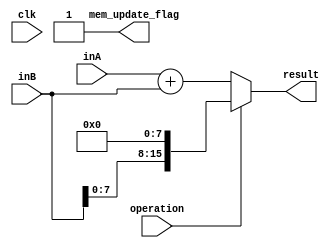
/*
Designing the ALU for use in the cpu calculations,
get inputs as code -> to selct what to do,
first input, second input
then finally get result
*/
/*
`include "opcodes.v"

module ALU(
    input [15:0] inA,
    input [15:0] inB,
    output [15:0] result,

    input [3:0] opcode,

    input carry_in,
    output carry_out,
);
    always @(*) begin
        case(opcode)
            FUNC_ADD: ADD add(
                .in1(inA),
                .in2(B),
                .cin(carry_in),
                .carry_out(carry_out),
                .result(result)
            );
        endcase
    end


    module ADD(
        input [15:0] in1, in2,
        input cin,
        output cout,
        output [15:0] result
    );
        always @(*) begin
            {cout, result} <= {in1 + in2 + cin};
        end
    endmodule


endmodule
*/
module ALU(
	 input clk,
    input [15:0] inA,
    input [15:0] inB,
    input operation,
    output reg[15:0] result,
	 output reg mem_update_flag
    );
    always @(*) begin
		mem_update_flag = 0;
        if (operation)
            result={inB[7:0], 8'd0};
        else
            result = {inA + inB};
		mem_update_flag = 1;
    end
endmodule